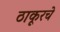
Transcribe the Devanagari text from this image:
ठाकूरचे